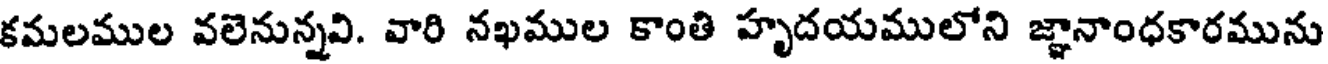
కమలముల వలెనున్నవి. వారి నఖముల కాంతి హృదయములోని జ్ఞానాంధకారమును